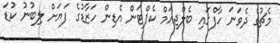
މެޗުގެ ދެވަނަ ހާފްގައި ބެލްޖިއަމް ކެޕްޓަން އެޑިން ހަޒާޑުގެ ފަޔަށް ލިބުނު ކުޑަ